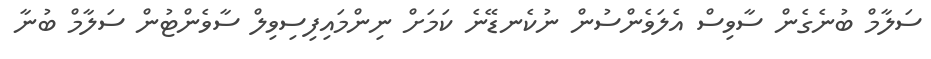
ސަލާމް ބުނެގެން ސާވިސް އެލަވެންސުން ނުކެނޑޭނެ ކަމަށް ނިންމައިފިސިވިލް ސާވެންޓުން ސަލާމް ބުނާ